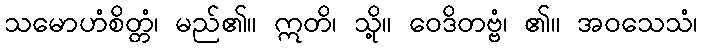
သမောဟံစိတ္တံ၊ မည်၏။ ဣတိ၊ သို့။ ဝေဒိတဗ္ဗံ၊ ၏။ အဝသေသံ၊